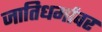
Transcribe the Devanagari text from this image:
जातिधर्मावर